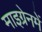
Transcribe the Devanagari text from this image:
माइग्रेनमें